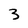
Character: 3